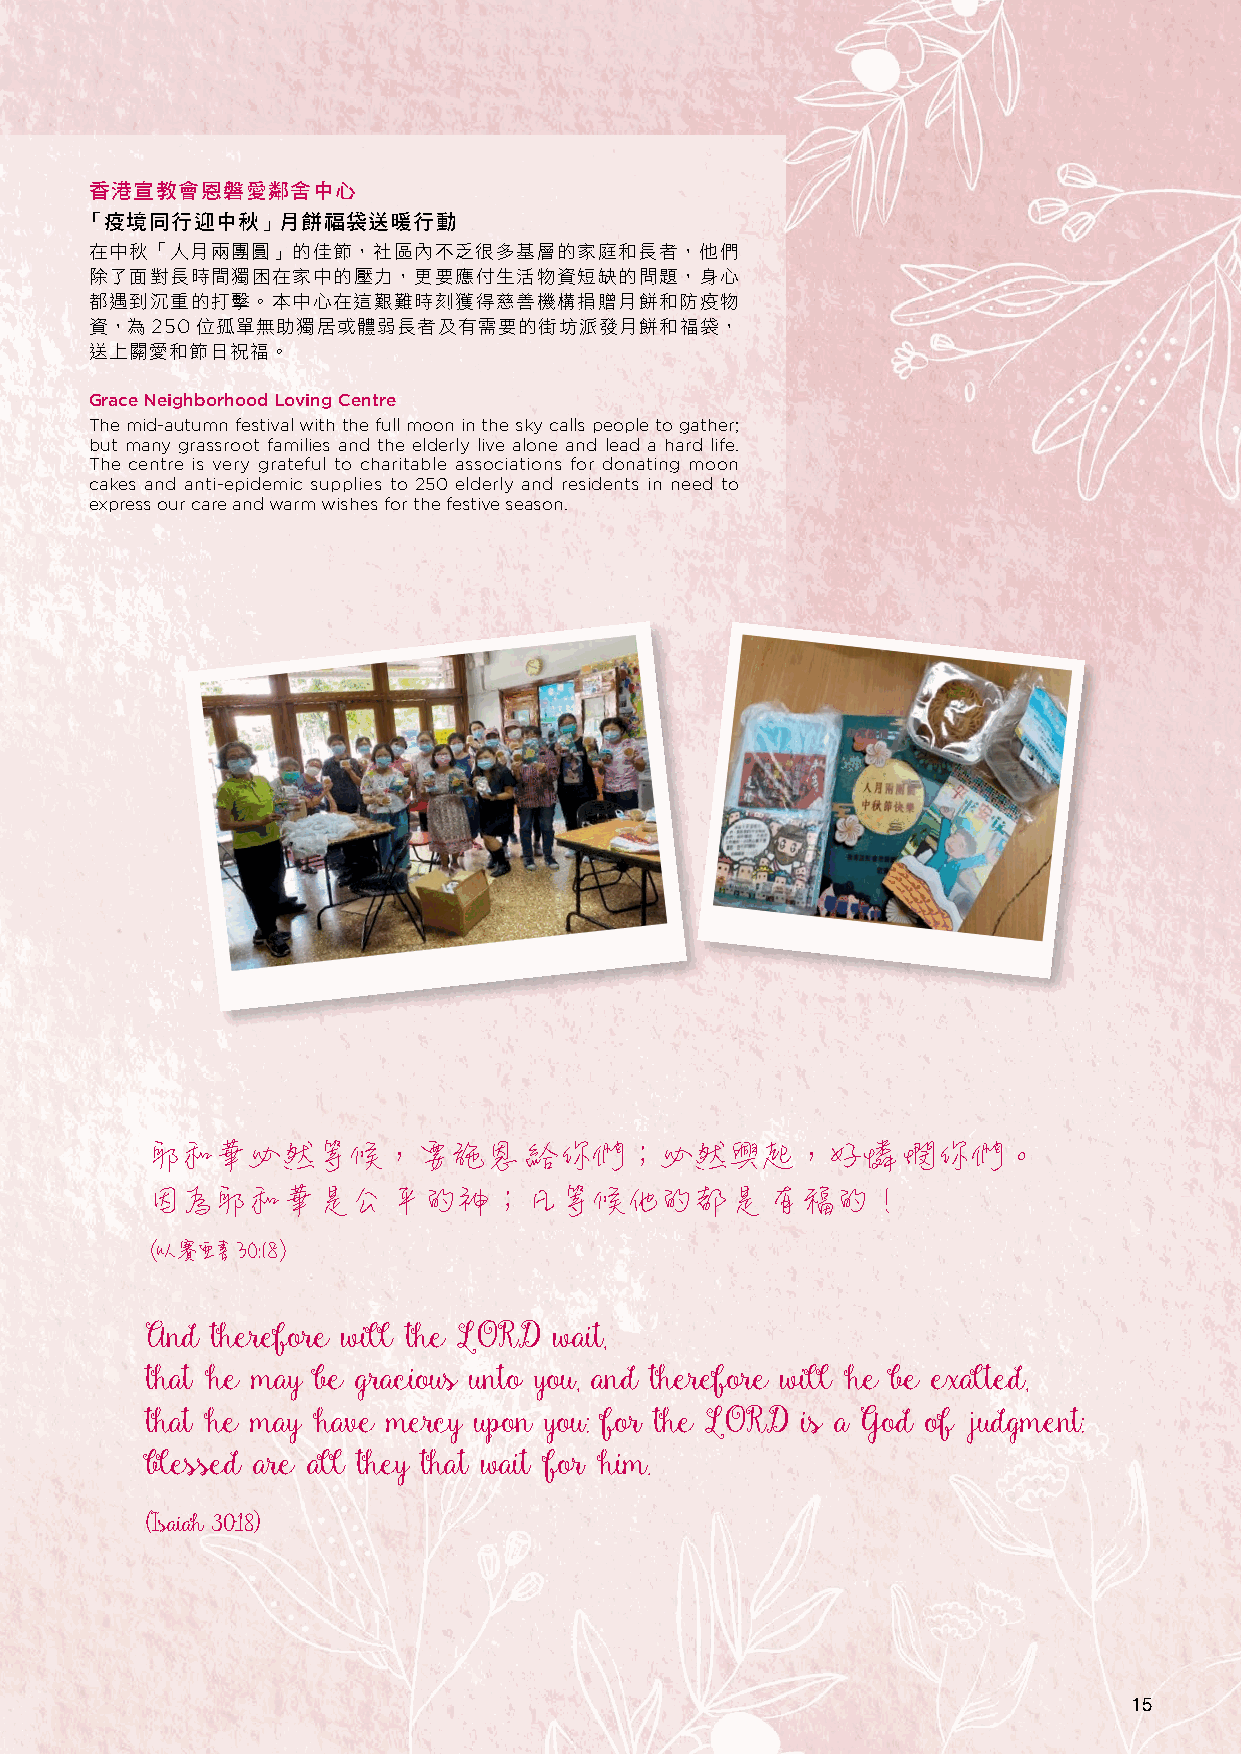
香港宣教會恩磐愛鄰舍中心
 「疫境同行迎中秋」月餅福袋送暖行動
 在中秋「人月兩團圓」的佳節，社區內不乏很多基層的家庭和長者，他們
 除了面對長時間獨困在家中的壓力，更要應付生活物資短缺的問題，身心
 都遇到沉重的打擊。本中心在這艱難時刻獲得慈善機構捐贈月餅和防疫物
 資，為250位孤單無助獨居或體弱長者及有需要的街坊派發月餅和福袋，
 送上關愛和節日祝福。
 Grace Neighborhood Loving Centre
 The mid-autumn festival with the full moon in the sky calls people to gather;
 but many grassroot families and the elderly live alone and lead a hard life.
 The centre is very grateful to charitable associations for donating moon
 cakes and anti-epidemic supplies to 250 elderly and residents in need to
 express our care and warm wishes for the festive season.
 耶和華必然等候，要施恩              給你們；必然興起，好憐              憫你們。
 因為耶和華是公         平的神；凡等候他的都是              有福的！
 （以賽亞書30:18）
 And therefore will the LORD wait,
 that he may be gracious unto you, and therefore will he be exalted,
 that he may have mercy upon you: for the LORD is a God of judgment:
 blessed are all they that wait for him.
 (Isaiah 30:18)
 15